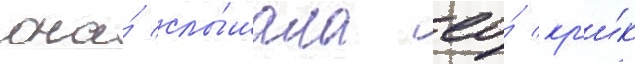
она́ слы́шала ео́ кр'и́к